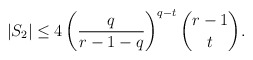
\begin{align*}|S_2|\leq 4\left(\frac{q}{r-1-q}\right)^{q-t}\binom{r-1}{t}.\end{align*}